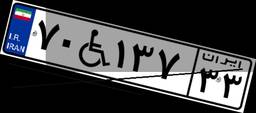
۷۰W۱۳۷۳۳